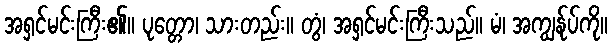
အရှင်မင်းကြီး၏။ ပုတ္တော၊ သားတည်း။ တွံ၊ အရှင်မင်းကြီးသည်။ မံ၊ အကျွန်ုပ်ကို။